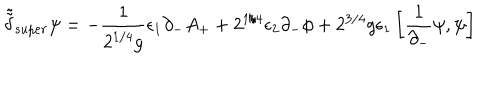
\tilde { \tilde { \delta } } _ { s u p e r } \psi = - { \frac { 1 } { 2 ^ { 1 / 4 } g } } \epsilon _ { 1 } \partial _ { - } A _ { + } + 2 ^ { 1 / 4 } \epsilon _ { 2 } \partial _ { - } \phi + 2 ^ { 3 / 4 } g \epsilon _ { 1 } \left[ { \frac { 1 } { \partial _ { - } } } \psi , \psi \right]